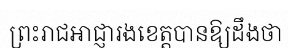
ព្រះរាជអាជ្ញារងខេត្តបានឱ្យដឹងថា